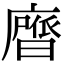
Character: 𭚃